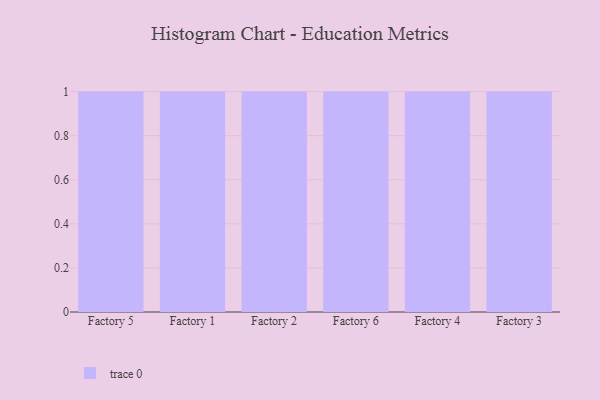
{"axis": {"x": "Factory", "y": "Net Income (USD K)"}, "legend": [""], "data": [{"x": "Factory 5", "y": 21, "type": ""}, {"x": "Factory 1", "y": 37, "type": ""}, {"x": "Factory 2", "y": 94, "type": ""}, {"x": "Factory 6", "y": 2, "type": ""}, {"x": "Factory 4", "y": 75, "type": ""}, {"x": "Factory 3", "y": 2, "type": ""}]}